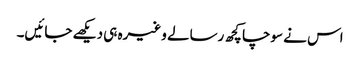
اس نے سوچا کچھ رسالے وغیرہ ہی دیکھے جائیں۔